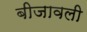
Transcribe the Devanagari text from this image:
बीजावली